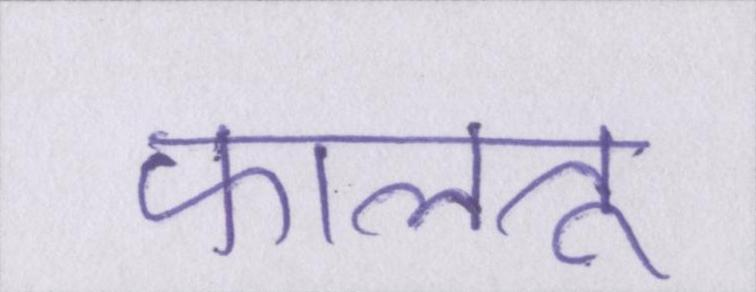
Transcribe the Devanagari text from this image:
फालतू